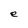
Character: e